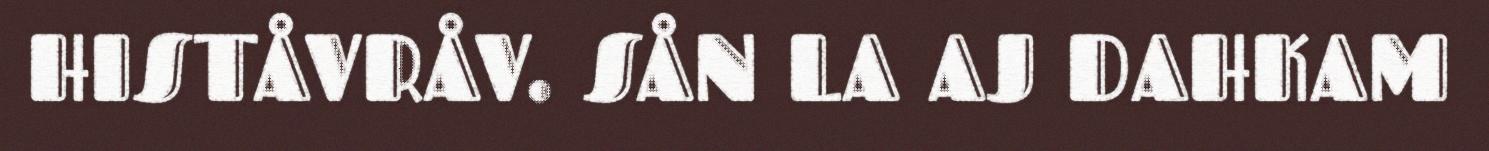
HISTÅVRÅV. SÅN LA AJ DAHKAM